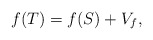
\begin{align*}f(T)=f(S)+V_{f}, \end{align*}